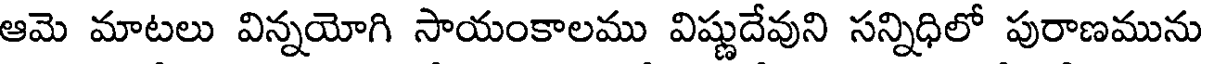
ఆమె మాటలు విన్నయోగి సాయంకాలము విష్ణుదేవుని సన్నిధిలో పురాణమును